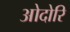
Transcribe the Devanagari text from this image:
ओदोरि